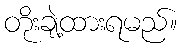
တိုးချဲ့ထားရမည်။